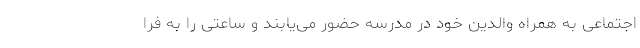
اجتماعی به همراه والدین خود در مدرسه حضور می‌یابند و ساعتی را به فرا